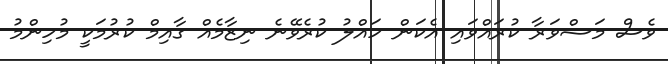
ވެސް މަޝްވަރާ ކުރައްވައި އެކަން ހައްލު ކުރެވޭނެ ނިޒާމެއް ގާއިމް ކުރުމަކީ މުހިންމު